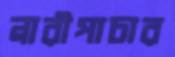
নারীপাচার